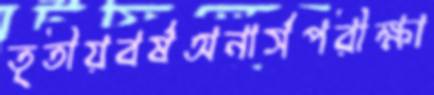
তৃতীয়বর্ষঅনার্সপরীক্ষা